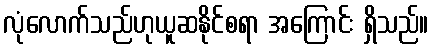
လုံလောက်သည်ဟုယူဆနိုင်စရာ အကြောင်း ရှိသည်။